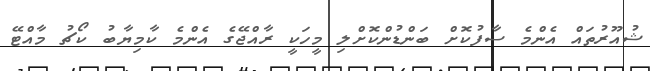
ޝުއޫރުތައް އެންމެ ސާފުކޮށް ބަންޑުންކޮށްލި މީހަކީ ރާއްޖޭގެ އެންމެ ކާމިޔާބު ކޯޗު މާއްޓޭ